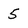
Character: 5